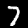
Digit: 7